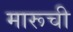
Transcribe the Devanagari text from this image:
मारूची